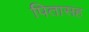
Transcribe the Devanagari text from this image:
पितासह